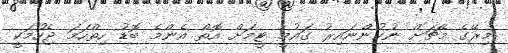
މިރޭގެ މެޗަށް ނުކުންނައިރު ގައުމީ ޓީމަށް އޮތް އެންމެ ބޮޑު ހިތްހަމަ ޖެހުމަކީ